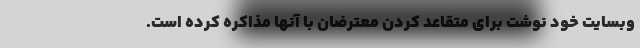
وبسایت خود نوشت برای متقاعد کردن معترضان با آنها مذاکره کرده است.